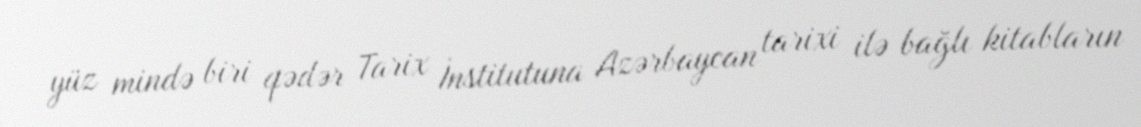
yüz mində biri qədər Tarix İnstitutuna Azərbaycan tarixi ilə bağlı kitabların